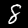
Label: 8